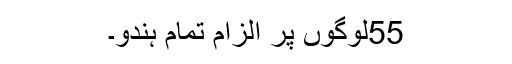
55لوگوں پر الزام تمام ہندو۔